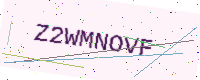
Text: Z2WMNOVF